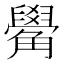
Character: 觷